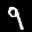
Label: 9